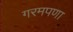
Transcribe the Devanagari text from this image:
गरमपणा